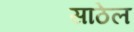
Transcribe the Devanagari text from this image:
साठेल